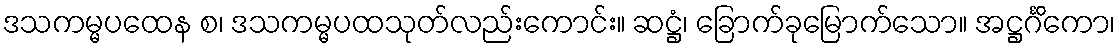
ဒသကမ္မပထေန စ၊ ဒသကမ္မပထသုတ်လည်းကောင်း။ ဆဋ္ဌံ၊ ခြောက်ခုမြောက်သော။ အဋ္ဌင်္ဂိကော၊